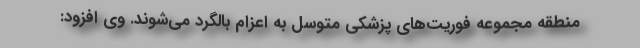
منطقه مجموعه فوریت‌های پزشکی متوسل به اعزام بالگرد می‌شوند. وی افزود: